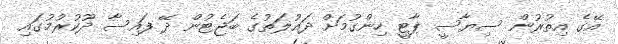
އޭގެ އިތުރުން ސިޔާސީ ޕާޓީ ހިންގުމަށް ދައުލަތުގެ ބަޖެޓުން ދޭ ފައިސާ ދޫކުރުމުގައި